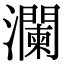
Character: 瀾